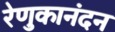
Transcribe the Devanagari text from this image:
रेणुकानंदन